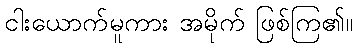
ငါးယောက်မူကား အမိုက် ဖြစ်ကြ၏။